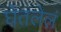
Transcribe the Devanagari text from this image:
घेतलेलं